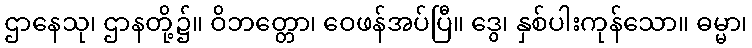
ဌာနေသု၊ ဌာနတို့၌။ ဝိဘတ္တော၊ ဝေဖန်အပ်ပြီ။ ဒွေ၊ နှစ်ပါးကုန်သော။ ဓမ္မာ၊